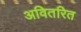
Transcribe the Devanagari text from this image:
अवितरित